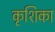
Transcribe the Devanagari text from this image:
कृशिका